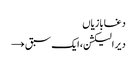
دغابازیاں
دیر الیکشن، ایک سبق →